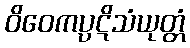
ဝိဝေကပ္ပဋိသံယုတ္တံ